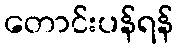
တောင်းပန်ရန်